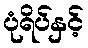
ပုံရိပ်နှင့်